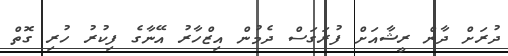
ދުރަށް ދާން ރީޝާއަށް ފުރަގަސް ދެމުން އިޒްހާރު އޭނާގެ ފިކުރު ހުރި ގޮތް